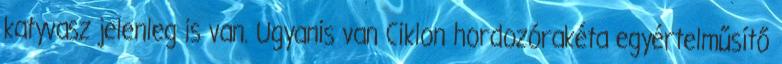
katyvasz jelenleg is van. Ugyanis van Ciklon hordozórakéta egyértelműsítő